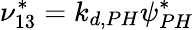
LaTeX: \nu_{13}^{*}=k_{d,PH}\psi_{PH}^{*}